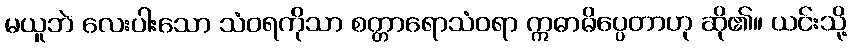
မယူဘဲ လေးပါးသော သံဝရကိုသာ စတ္တာရောသံဝရာ ဣဓာဓိပ္ပေတာဟု ဆို၏။ ယင်းသို့